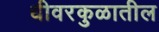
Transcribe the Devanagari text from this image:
धीवरकुळातील